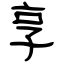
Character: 享